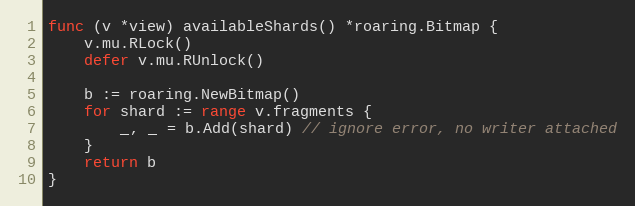
Language: Go
func (v *view) availableShards() *roaring.Bitmap {
	v.mu.RLock()
	defer v.mu.RUnlock()

	b := roaring.NewBitmap()
	for shard := range v.fragments {
		_, _ = b.Add(shard) // ignore error, no writer attached
	}
	return b
}